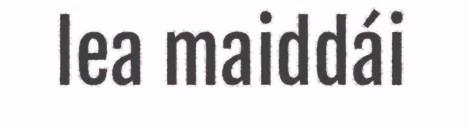
lea maiddái